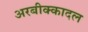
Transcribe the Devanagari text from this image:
अरबीक्कादल